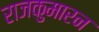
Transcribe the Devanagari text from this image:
राजकुमारन